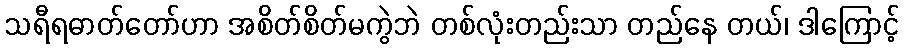
သရီရဓာတ်တော်ဟာ အစိတ်စိတ်မကွဲဘဲ တစ်လုံးတည်းသာ တည်နေ တယ်၊ ဒါကြောင့်